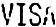
VISA